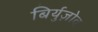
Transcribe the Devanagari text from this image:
बिर्युज़ोव